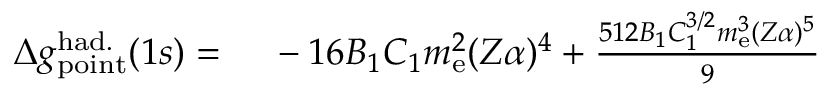
\begin{array} { r l } { \Delta { g } _ { \mathrm { p o i n t } } ^ { \mathrm { h a d . } } ( 1 s ) = \ } & { { } - 1 6 B _ { 1 } C _ { 1 } m _ { \mathrm { e } } ^ { 2 } ( Z \alpha ) ^ { 4 } + \frac { 5 1 2 B _ { 1 } C _ { 1 } ^ { 3 / 2 } m _ { \mathrm { e } } ^ { 3 } ( Z \alpha ) ^ { 5 } } { 9 } } \end{array}